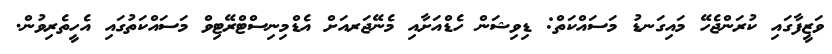
ވަޒީފާގައި ކުރަންޖެހޭ މައިގަނޑު މަސައްކަތް: ޑިވިޝަން ހެޑްއަށާއި މެނޭޖަރއަށް އެޑްމިނިސްޓްރޭޓިވް މަސައްކަތުގައި އެހީތެރިވުން.